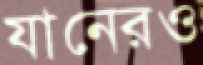
যানেরও